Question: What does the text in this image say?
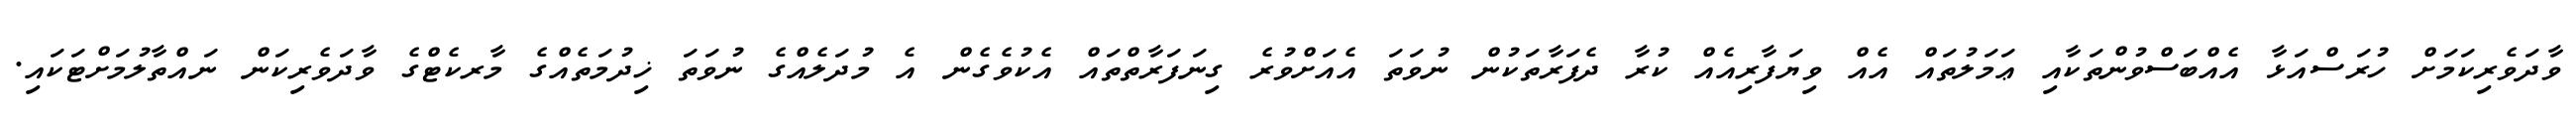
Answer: ވާދަވެރިކަމަށް ހުރަސްއަޅާ އެއްބަސްވުންތަކާއި ޢަމަލުތައް އެއް ވިޔަފާރިއެއް ކުރާ ދެފަރާތަކުން ނުވަތަ އެއަށްވުރެ ގިނަފަރާތްތައް އެކުވެގެން އެ މުދަލެއްގެ ނުވަތަ ޚިދުމަތެއްގެ މާރކެޓްގެ ވާދަވެރިކަން ނައްތާލުމަށްޓަކައި.